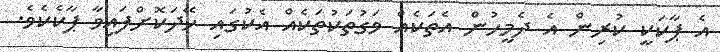
އެ ޕާކަކީ ކުރިން އެ ދެމީހުން އެތަކެއް ވަގުތަކުތަކެއް އެކުގައި ހޭދަކޮށްފައިވާ ޕާކެކެވެ.